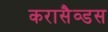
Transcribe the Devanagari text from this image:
करासैव्डस